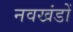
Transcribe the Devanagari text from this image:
नवखंडों